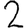
Digit: 2